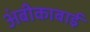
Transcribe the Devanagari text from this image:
अंबीकाबाई